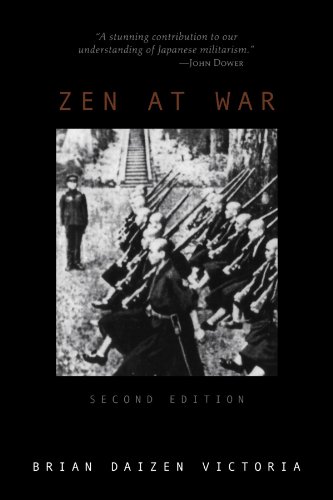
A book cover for Zen at War (2nd Edition); Brian Daizen Victoria; Religion & Spirituality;